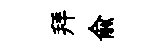
拜兪